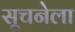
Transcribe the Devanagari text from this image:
सूचनेला